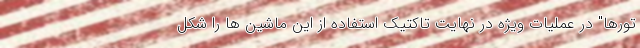
تورها" در عملیات ویژه در نهایت تاکتیک استفاده از این ماشین ها را شکل